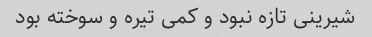
شیرینی تازه نبود و کمی تیره و سوخته بود